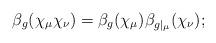
LaTeX: \begin{align*}\beta_g(\chi_\mu \chi_\nu)=\beta_g(\chi_\mu)\beta_{g|_\mu}(\chi_\nu);\end{align*}